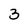
Character: 3